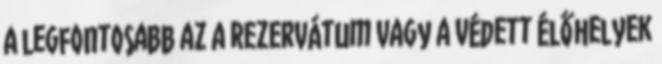
A legfontosabb az a rezervátum vagy a védett élőhelyek